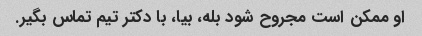
او ممکن است مجروح شود بله، بیا، با دکتر تیم تماس بگیر.